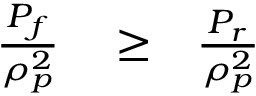
\begin{array} { r l r } { \frac { P _ { f } } { \rho _ { p } ^ { 2 } } } & { { } \ge } & { \frac { P _ { r } } { \rho _ { p } ^ { 2 } } } \end{array}